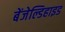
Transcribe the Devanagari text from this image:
बेंजेल्डिहाइड